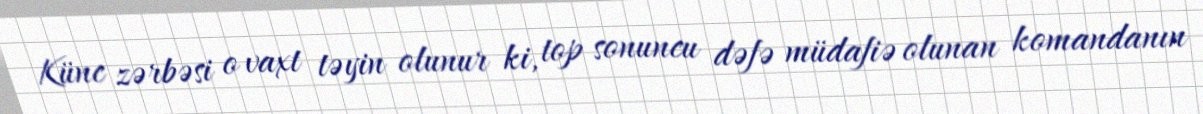
Künc zərbəsi o vaxt təyin olunur ki, top sonuncu dəfə müdafiə olunan komandanın